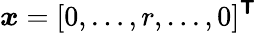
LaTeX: \boldsymbol{x}=[0,\ldots,r,\ldots,0]^{\boldsymbol{\mathsf{T}}}